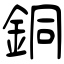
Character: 銅